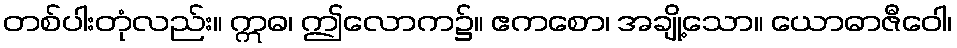
တစ်ပါးတုံလည်း။ ဣဓ၊ ဤလောက၌။ ဧကစော၊ အချို့သော။ ယောဓာဇီဝေါ၊